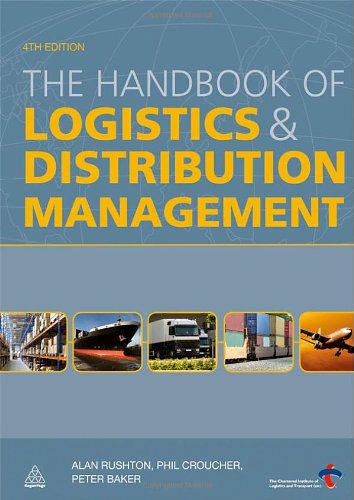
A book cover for The Handbook of Logistics and Distribution Management; Business & Money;